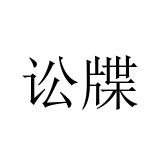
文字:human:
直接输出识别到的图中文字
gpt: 讼牒